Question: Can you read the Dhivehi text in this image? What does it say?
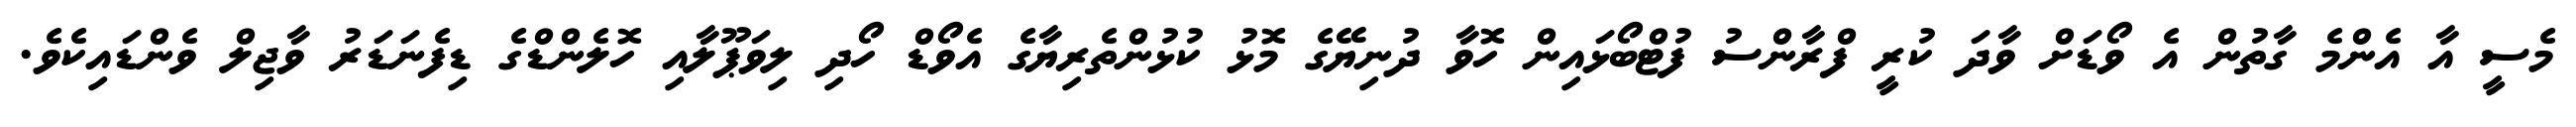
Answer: މެސީ އާ އެންމެ ގާތުން އެ ވޯޑަށް ވާދަ ކުރީ ފްރާންސު ފުޓްބޯޅައިން ހޮވާ ދުނިޔޭގެ މޮޅު ކުޅުންތެރިޔާގެ އެވޯޑް ހޯދި ލިވަޕޫލާއި ހޮލެންޑްގެ ޑިފެނަޑަރު ވާޖިލް ވެންޑައިކެވެ.